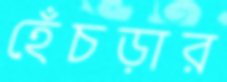
হেঁচড়ার